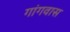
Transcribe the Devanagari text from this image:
गांगवास